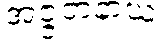
အဇ္ဇတနာယ